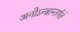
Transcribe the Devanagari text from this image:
अनोऽन्त्रान्तर्गतं